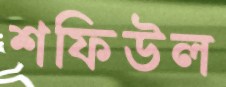
শফিউল